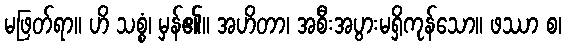
မဖြတ်ရာ။ ဟိ သစ္စံ၊ မှန်၏။ အဟိတာ၊ အစီးအပွားမရှိကုန်သော။ ဖဿာ စ၊